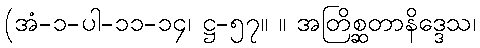
(အံ-၁-ပါ-၁၁-၁၄၊ ဋ္ဌ-၅၇။ ။ အတြိစ္ဆတာနိဒ္ဒေသ၊